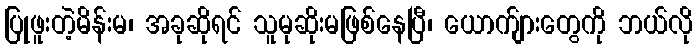
ပြုဖူးတဲ့မိန်းမ၊ အခုဆိုရင် သူမုဆိုးမဖြစ်နေပြီ၊ ယောက်ျားတွေကို ဘယ်လို